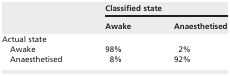
<table><thead><tr><td rowspan="2"></td><td colspan="2"><b>Classified state</b></td></tr><tr><td><b>Awake</b></td><td><b>Anaesthetised</b></td></tr></thead><tbody><tr><td colspan="3">Actual state</td></tr><tr><td>Awake</td><td>98%</td><td>2%</td></tr><tr><td>Anaesthetised</td><td>8%</td><td>92%</td></tr></tbody></table>